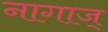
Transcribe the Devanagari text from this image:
नागाज्